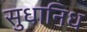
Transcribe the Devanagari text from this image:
सुधानिध